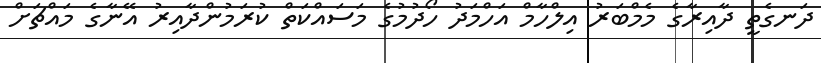
ދަނގެތީ ދާއިރާގެ މެމްބަރު އިލްހާމް އަހްމަދު ހޯދުމުގެ މަސައްކަތް ކުރަމުންދާއިރު އޭނާގެ މައްޗަށް